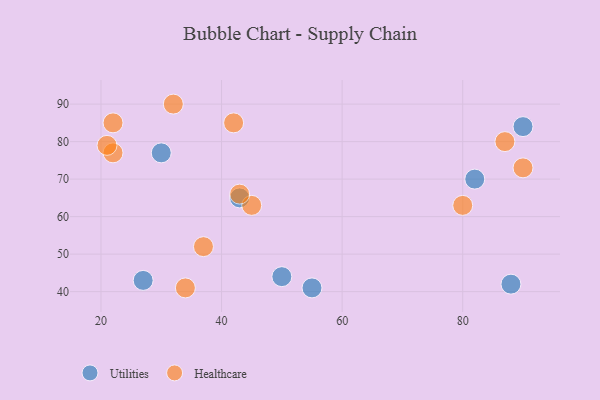
{"axis": {"x": "GDP", "y": "Life Expectancy"}, "legend": ["Healthcare", "Utilities"], "data": [{"x": "43", "y": 65, "type": "Utilities"}, {"x": "55", "y": 41, "type": "Utilities"}, {"x": "88", "y": 42, "type": "Utilities"}, {"x": "27", "y": 43, "type": "Utilities"}, {"x": "30", "y": 77, "type": "Utilities"}, {"x": "90", "y": 84, "type": "Utilities"}, {"x": "50", "y": 44, "type": "Utilities"}, {"x": "82", "y": 70, "type": "Utilities"}, {"x": "45", "y": 63, "type": "Healthcare"}, {"x": "87", "y": 80, "type": "Healthcare"}, {"x": "22", "y": 77, "type": "Healthcare"}, {"x": "32", "y": 90, "type": "Healthcare"}, {"x": "37", "y": 52, "type": "Healthcare"}, {"x": "42", "y": 85, "type": "Healthcare"}, {"x": "43", "y": 66, "type": "Healthcare"}, {"x": "22", "y": 85, "type": "Healthcare"}, {"x": "21", "y": 79, "type": "Healthcare"}, {"x": "34", "y": 41, "type": "Healthcare"}, {"x": "80", "y": 63, "type": "Healthcare"}, {"x": "90", "y": 73, "type": "Healthcare"}]}